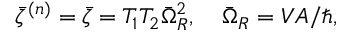
\bar { \zeta } ^ { ( n ) } = \bar { \zeta } = T _ { 1 } T _ { 2 } \bar { \Omega } _ { R } ^ { 2 } , \quad \bar { \Omega } _ { R } = V A / \hbar ,